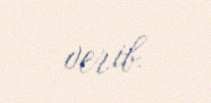
verib.